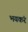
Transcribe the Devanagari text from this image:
भयकंर